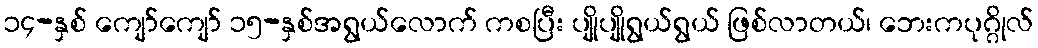
၁၄-နှစ် ကျော်ကျော် ၁၅-နှစ်အရွယ်လောက် ကစပြီး ပျိုပျိုရွယ်ရွယ် ဖြစ်လာတယ်၊ ဘေးကပုဂ္ဂိုလ်